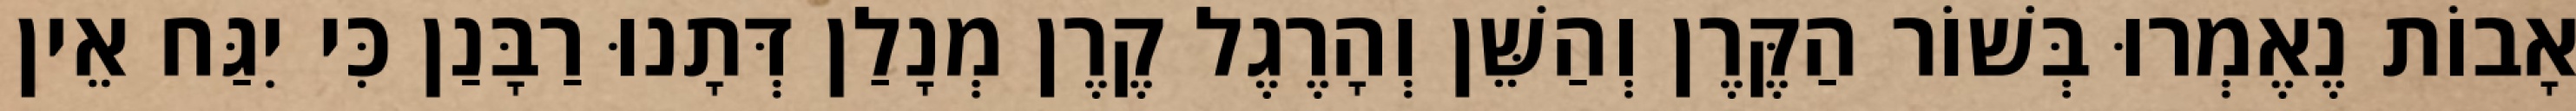
אָבוֹת נֶאֶמְרוּ בְּשׁוֹר הַקֶּרֶן וְהַשֵּׁן וְהָרֶגֶל קֶרֶן מְנָלַן דְּתָנוּ רַבָּנַן כִּי יִגַּח אֵין